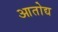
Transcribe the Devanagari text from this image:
आतोद्य